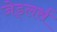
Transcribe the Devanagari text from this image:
जेड्लर्स